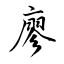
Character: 廖